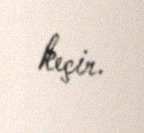
keçir.